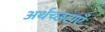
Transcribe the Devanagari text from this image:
अर्थच्छटाएँ